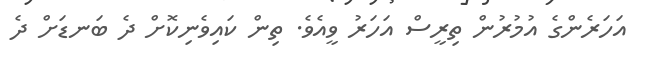
އަހަރެންގެ އުމުރުން ތިރީސް އަހަރު ވީއެވެ. ތިން ކައިވެނިކޮށް ދެ ބަނޑަށް ދެ